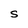
Character: S